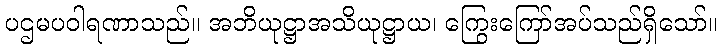
ပဌမပဝါရဏာသည်။ အဘိယုဋ္ဌာအသိယုဋ္ဌာယ၊ ကြွေးကြော်အပ်သည်ရှိသော်။